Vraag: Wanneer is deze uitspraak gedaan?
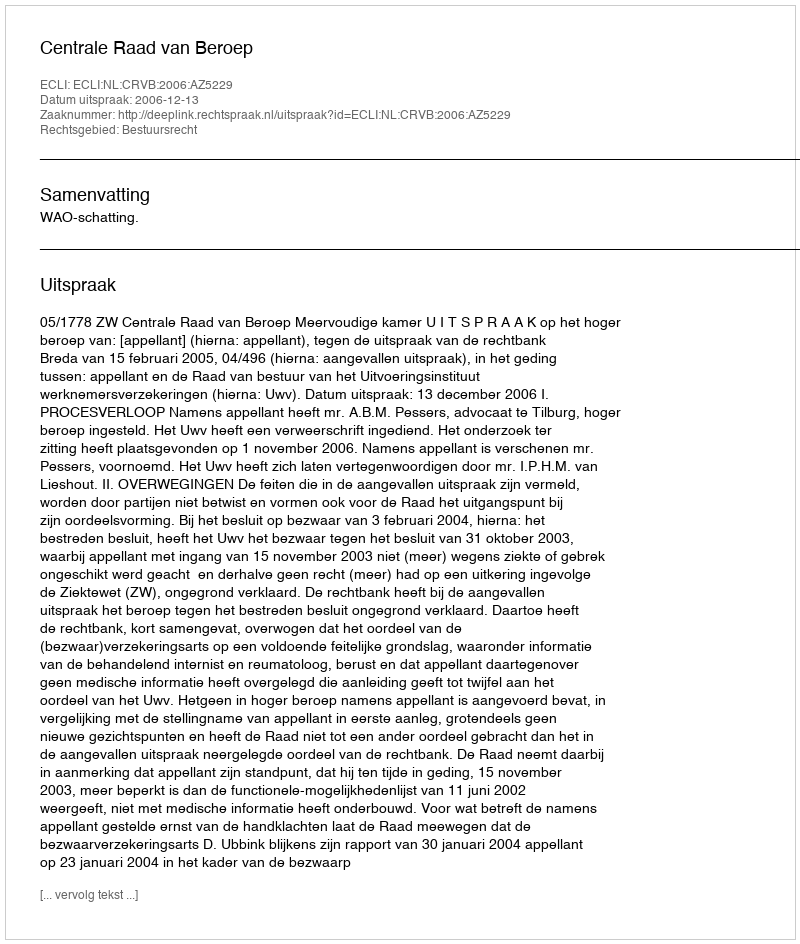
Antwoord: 2006-12-13